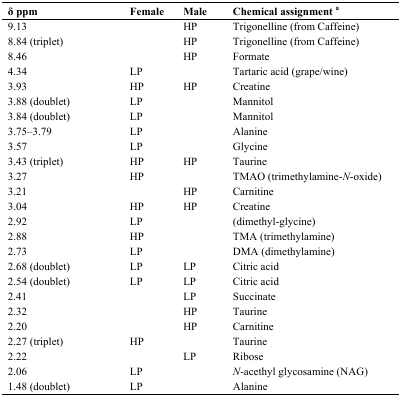
<table><thead><tr><td><b>δ ppm</b></td><td><b>Female</b></td><td><b>Male</b></td><td><b>Chemical assignment <sup>a</sup></b></td></tr></thead><tbody><tr><td>9.13</td><td></td><td>HP</td><td>Trigonelline (from Caffeine)</td></tr><tr><td>8.84 (triplet)</td><td></td><td>HP</td><td>Trigonelline (from Caffeine)</td></tr><tr><td>8.46</td><td></td><td>HP</td><td>Formate</td></tr><tr><td>4.34</td><td>LP</td><td></td><td>Tartaric acid (grape/wine)</td></tr><tr><td>3.93</td><td>HP</td><td>HP</td><td>Creatine</td></tr><tr><td>3.88 (doublet)</td><td>LP</td><td></td><td>Mannitol</td></tr><tr><td>3.84 (doublet)</td><td>LP</td><td></td><td>Mannitol</td></tr><tr><td>3.75-3.79</td><td>LP</td><td></td><td>Alanine</td></tr><tr><td>3.57</td><td>LP</td><td></td><td>Glycine</td></tr><tr><td>3.43 (triplet)</td><td>HP</td><td>HP</td><td>Taurine</td></tr><tr><td>3.27</td><td>HP</td><td></td><td>TMAO (trimethylamine-<i>N</i>-oxide)</td></tr><tr><td>3.21</td><td></td><td>HP</td><td>Carnitine</td></tr><tr><td>3.04</td><td>HP</td><td>HP</td><td>Creatine</td></tr><tr><td>2.92</td><td>LP</td><td></td><td>(dimethyl-glycine)</td></tr><tr><td>2.88</td><td>HP</td><td></td><td>TMA (trimethylamine)</td></tr><tr><td>2.73</td><td>LP</td><td></td><td>DMA (dimethylamine)</td></tr><tr><td>2.68 (doublet)</td><td>LP</td><td>LP</td><td>Citric acid</td></tr><tr><td>2.54 (doublet)</td><td>LP</td><td>LP</td><td>Citric acid</td></tr><tr><td>2.41</td><td></td><td>LP</td><td>Succinate</td></tr><tr><td>2.32</td><td></td><td>HP</td><td>Taurine</td></tr><tr><td>2.20</td><td></td><td>HP</td><td>Carnitine</td></tr><tr><td>2.27 (triplet)</td><td>HP</td><td></td><td>Taurine</td></tr><tr><td>2.22</td><td></td><td>LP</td><td>Ribose</td></tr><tr><td>2.06</td><td>LP</td><td></td><td><i>N</i>-acethyl glycosamine (NAG)</td></tr><tr><td>1.48 (doublet)</td><td>LP</td><td></td><td>Alanine</td></tr></tbody></table>